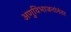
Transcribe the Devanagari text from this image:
अणुविभाजनांनंतर